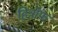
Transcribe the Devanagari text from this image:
हित्रॉफ